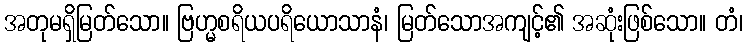
အတုမရှိမြတ်သော။ ဗြဟ္မစရိယပရိယောသာနံ၊ မြတ်သောအကျင့်၏ အဆုံးဖြစ်သော။ တံ၊